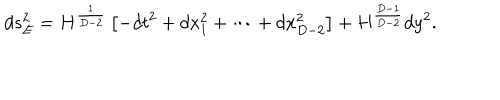
d s _ { E } ^ { 2 } = H ^ { \frac { 1 } { D - 2 } } \left[ - d t ^ { 2 } + d x _ { 1 } ^ { 2 } + \cdots + d x _ { D - 2 } ^ { 2 } \right] + H ^ { \frac { D - 1 } { D - 2 } } d y ^ { 2 } .